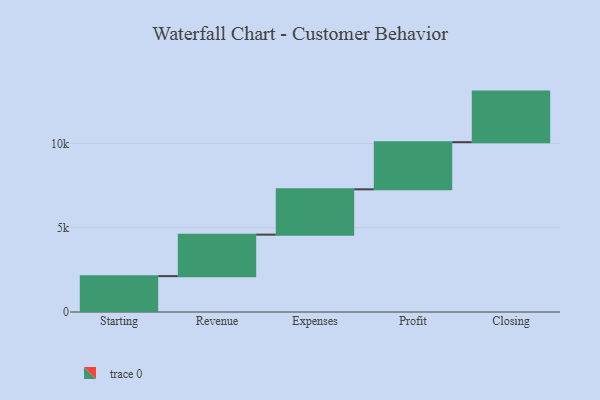
{"axis": {"x": "Step", "y": "Value"}, "legend": [""], "data": [{"x": "Starting", "y": 2128.0, "type": ""}, {"x": "Revenue", "y": 2461.0, "type": ""}, {"x": "Expenses", "y": 2689.0, "type": ""}, {"x": "Profit", "y": 2796.0, "type": ""}, {"x": "Closing", "y": 3000, "type": ""}]}